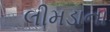
લીમડાના